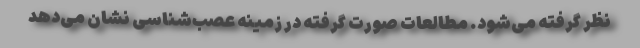
نظر گرفته می‌شود. مطالعات صورت گرفته در زمینه‌ عصب‌شناسی نشان‌ می‌دهد